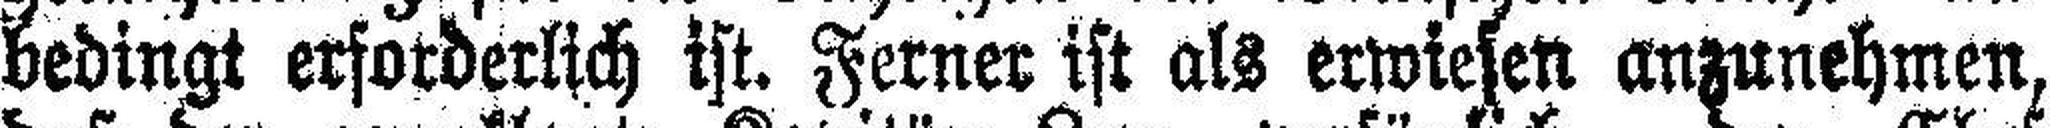
bedingt erforderlich ist. Ferner ist als erwiesen anzunehmen,